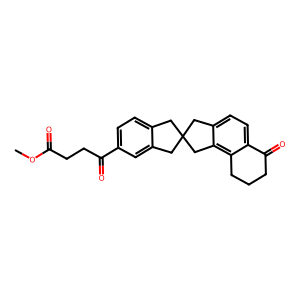
SMILES: COC(=O)CCC(=O)c1ccc2c(c1)CC1(C2)Cc2ccc3c(c2C1)CCCC3=O
Inhibits HIV replication: No